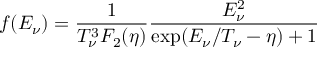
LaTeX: f ( E _ { \nu } ) = { \frac { 1 } { T _ { \nu } ^ { 3 } F _ { 2 } ( \eta ) } } { \frac { E _ { \nu } ^ { 2 } } { \exp ( E _ { \nu } / T _ { \nu } - \eta ) + 1 } }